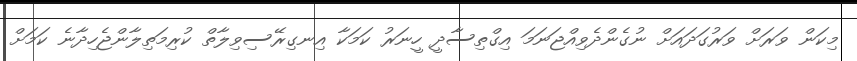
މިކަން ވަރަށް ވަރުގަދައަށް ނުގެންދެވިއްޖަނަމަ އިގްތިސާދީ ހީނަރު ކަމަކާ އިނގިރޭސިވިލާތް ކުރިމަތިލާންޖެހިދާނެ ކަމަށް